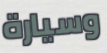
وسيارة